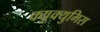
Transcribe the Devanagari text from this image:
क्यूक्युमिस